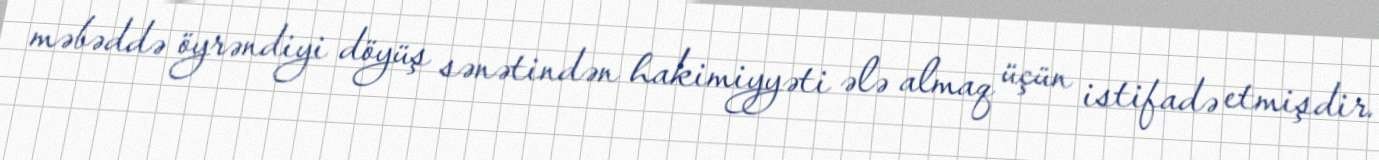
məbəddə öyrəndiyi döyüş sənətindən hakimiyyəti ələ almaq üçün istifadə etmişdir.